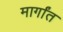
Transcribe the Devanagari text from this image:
मार्गांत